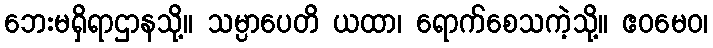
ဘေးမရှိရာဌာနသို့။ သမ္ပာပေတိ ယထာ၊ ရောက်စေသကဲ့သို့။ ဧဝမေဝ၊